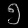
Digit: ၅